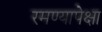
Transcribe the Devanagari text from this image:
रमण्यापेक्षा